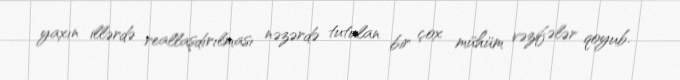
yaxın illərdə reallaşdırılması nəzərdə tutulan bir çox mühüm vəzifələr qoyub.